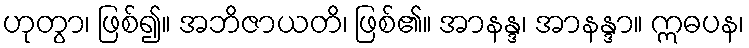
ဟုတွာ၊ ဖြစ်၍။ အဘိဇာယတိ၊ ဖြစ်၏။ အာနန္ဒ၊ အာနန္ဒာ။ ဣဓပန၊